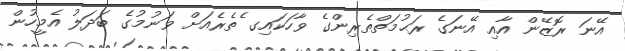
އޭނަ ރޮޒޭން އާއި އޭނަގެ ރަޙުމަތްތެރިންގެ ވާހަކައިގ ެތެރެއަށް ވަނުމުުގެ ބަދަލު އެމީހުން